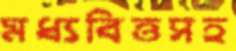
মধ্যবিত্তসহ